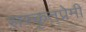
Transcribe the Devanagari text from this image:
सस्कृतप्रेमी